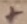
Text: +